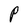
Character: P